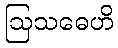
ဩသဓေဟိ